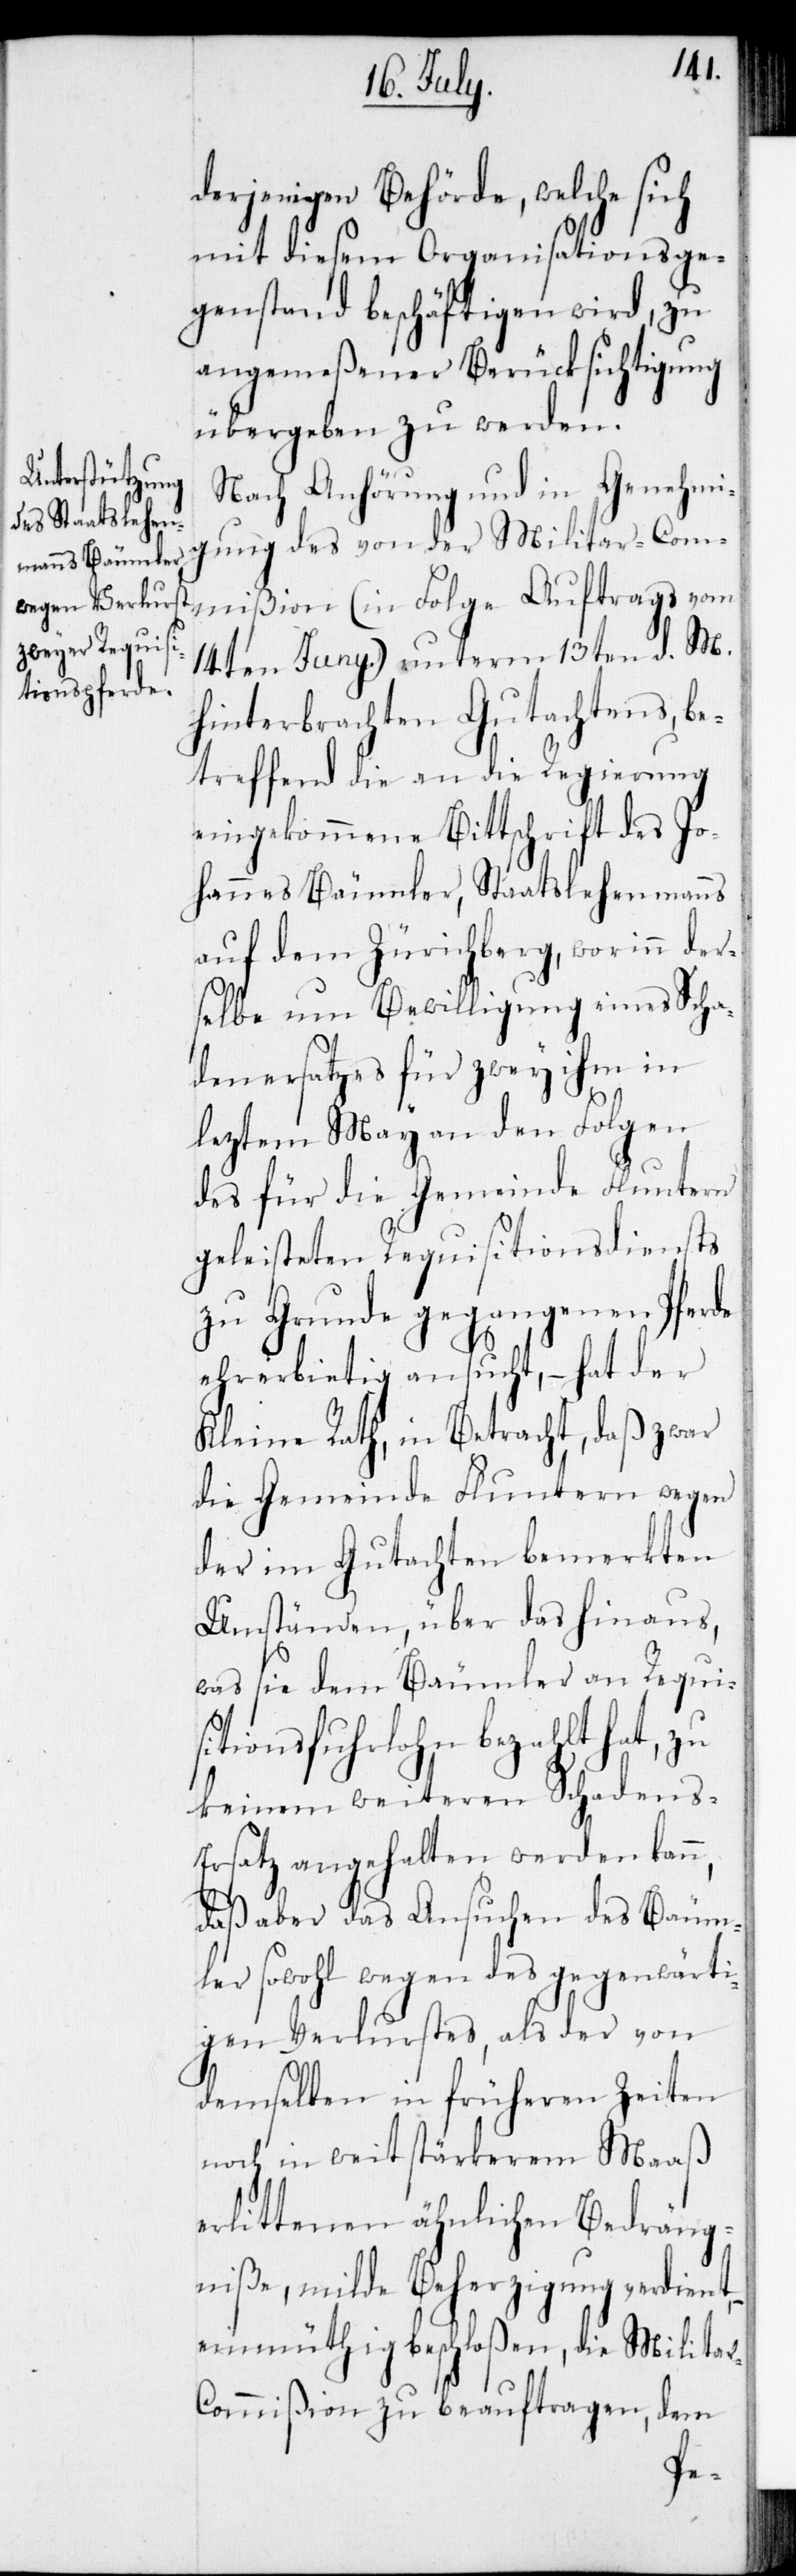
derjenigen Behörde, welche sich
mit diesem Organisationsge¬
genstand beschäftigen wird, zu
angemeßener Berücksichtigung
übergeben zu werden.
Nach Anhörung und in Genehmi¬
gung des von der Militar-Com¬
mißion (in Folge Auftrags vom
14ten Juny) unterm 13ten d. M.
hinterbrachten Gutachtens, be¬
treffend die an die Regierung
eingekommene Bittschrift des Jo¬
hannes Bäumler, Staatslehenmanns
auf dem Zürichberg, worinn der¬
selbe um Bewilligung eines Scha¬
denersatzes für zwey ihm in
leztem May an den Folgen
des für die Gemeinde Fluntern
geleisteten Requisitionsdiensts
zu Grunde gegangenen Pferde
ehrbietig ansucht, – hat der
Kleine Rath, in Betracht, daß zwar
die Gemeinde Fluntern wegen
der im Gutachten bemerkten
Umständen, über das hinaus,
was sie dem Bäumler an Requi¬
sitionsfuhrlohn bezahlt hat, zu
keinem weiteren Schadens-E¬
rsatz angehalten werden kann,
daß aber das Ansuchen des Bäum¬
ler sowohl wegen des gegenwärti¬
gen Verlurstes, als der von
demselben in früheren Zeiten
noch in weit stärkerem Maaß
erlittenen ähnlichen Bedräng¬
niße, milde Beherzigung verdient,
einmüthig beschloßen, die Milita¬
r-Commißion zu beauftragen, dem